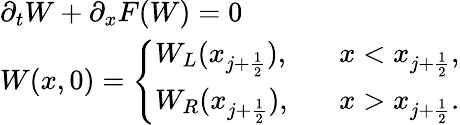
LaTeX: \begin{array}{ll}{\partial_{t}W+\partial_{x}F(W)=0}\\ {W(x,0)=\left\{ \begin{array}{ll}{W_{L}(x_{j+\frac{1}{2}}),}&{\; \; \; x<x_{j+\frac{1}{2}},}\\ {W_{R}(x_{j+\frac{1}{2}}),}&{\; \; \; x>x_{j+\frac{1}{2}}.}\end{array}\right.}\end{array}